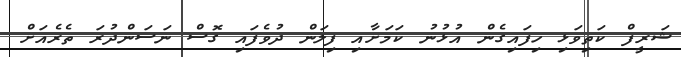
ޝަރީފް ކަތިވަޅި ހިފައިގެން އުޅުނު ކަމަށާއި ފިލަން ދުވެފައި ގޮސް ނަސަންދުރަ ތެރެއަށް